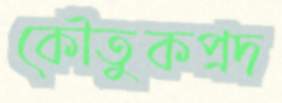
কৌতুকপ্রদ